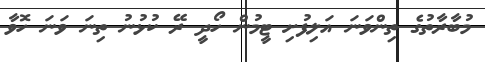
މުބާރާތުގެ ތިންވަނަ އަލިފުށި ޓީމުން ހޯދީ ރޭ ކުޅުނު ތިނަ ވަނަ ހޮވާ